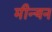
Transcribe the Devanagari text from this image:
मीन्यन